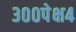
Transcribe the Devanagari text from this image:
३००पेक्ष४